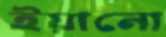
ইয়ানো